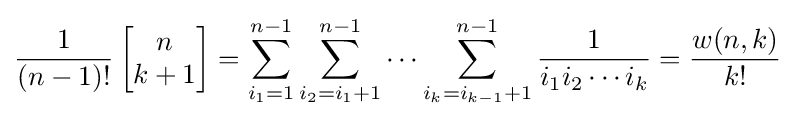
{\frac {1}{(n-1)!}}\left[{\begin{matrix}n\\k+1\end{matrix}}\right]=\sum _{i_{1}=1}^{n-1}\sum _{i_{2}=i_{1}+1}^{n-1}\cdots \sum _{i_{k}=i_{k-1}+1}^{n-1}{\frac {1}{i_{1}i_{2}\cdots i_{k}}}={\frac {w(n,k)}{k!}}